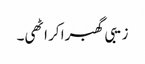
زیبی گھبرا کر اٹھی۔